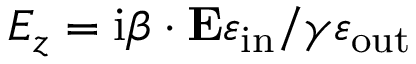
E _ { z } = \mathrm { i } \boldsymbol { \beta } \cdot \mathbf { E } \varepsilon _ { \mathrm { i n } } / \gamma \varepsilon _ { \mathrm { o u t } }